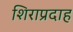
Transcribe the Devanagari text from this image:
शिराप्रदाह